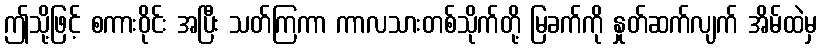
ဤသို့ဖြင့် စကားဝိုင်း အပြီး သတ်ကြကာ ကာလသားတစ်သိုက်တို့ မြခက်ကို နှုတ်ဆက်လျက် အိမ်ထဲမှ